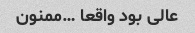
عالی بود واقعا …ممنون